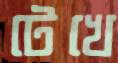
টেখে